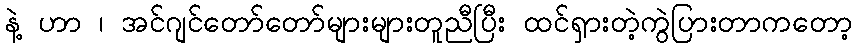
နဲ့ ဟာ ၊ အင်ဂျင်တော်တော်များများတူညီပြီး ထင်ရှားတဲ့ကွဲပြားတာကတော့